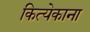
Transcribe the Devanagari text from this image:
कित्येकाना